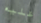
عليه